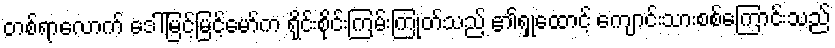
တစ်ရာလောက် ဒေါ်မြင့်မြင့်မော်က ရိုင်းစိုင်းကြမ်းကြုတ်သည့် ၏ရှုထောင့် ကျောင်းသားစစ်ကြောင်းသည်